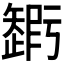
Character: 𥐃